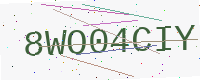
Text: 8WO04CIY